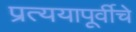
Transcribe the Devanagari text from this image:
प्रत्ययापूर्वीचे